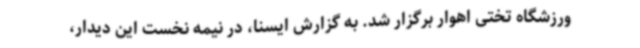
ورزشگاه تختی اهوار برگزار شد. به گزارش ایسنا، در نیمه نخست این دیدار،